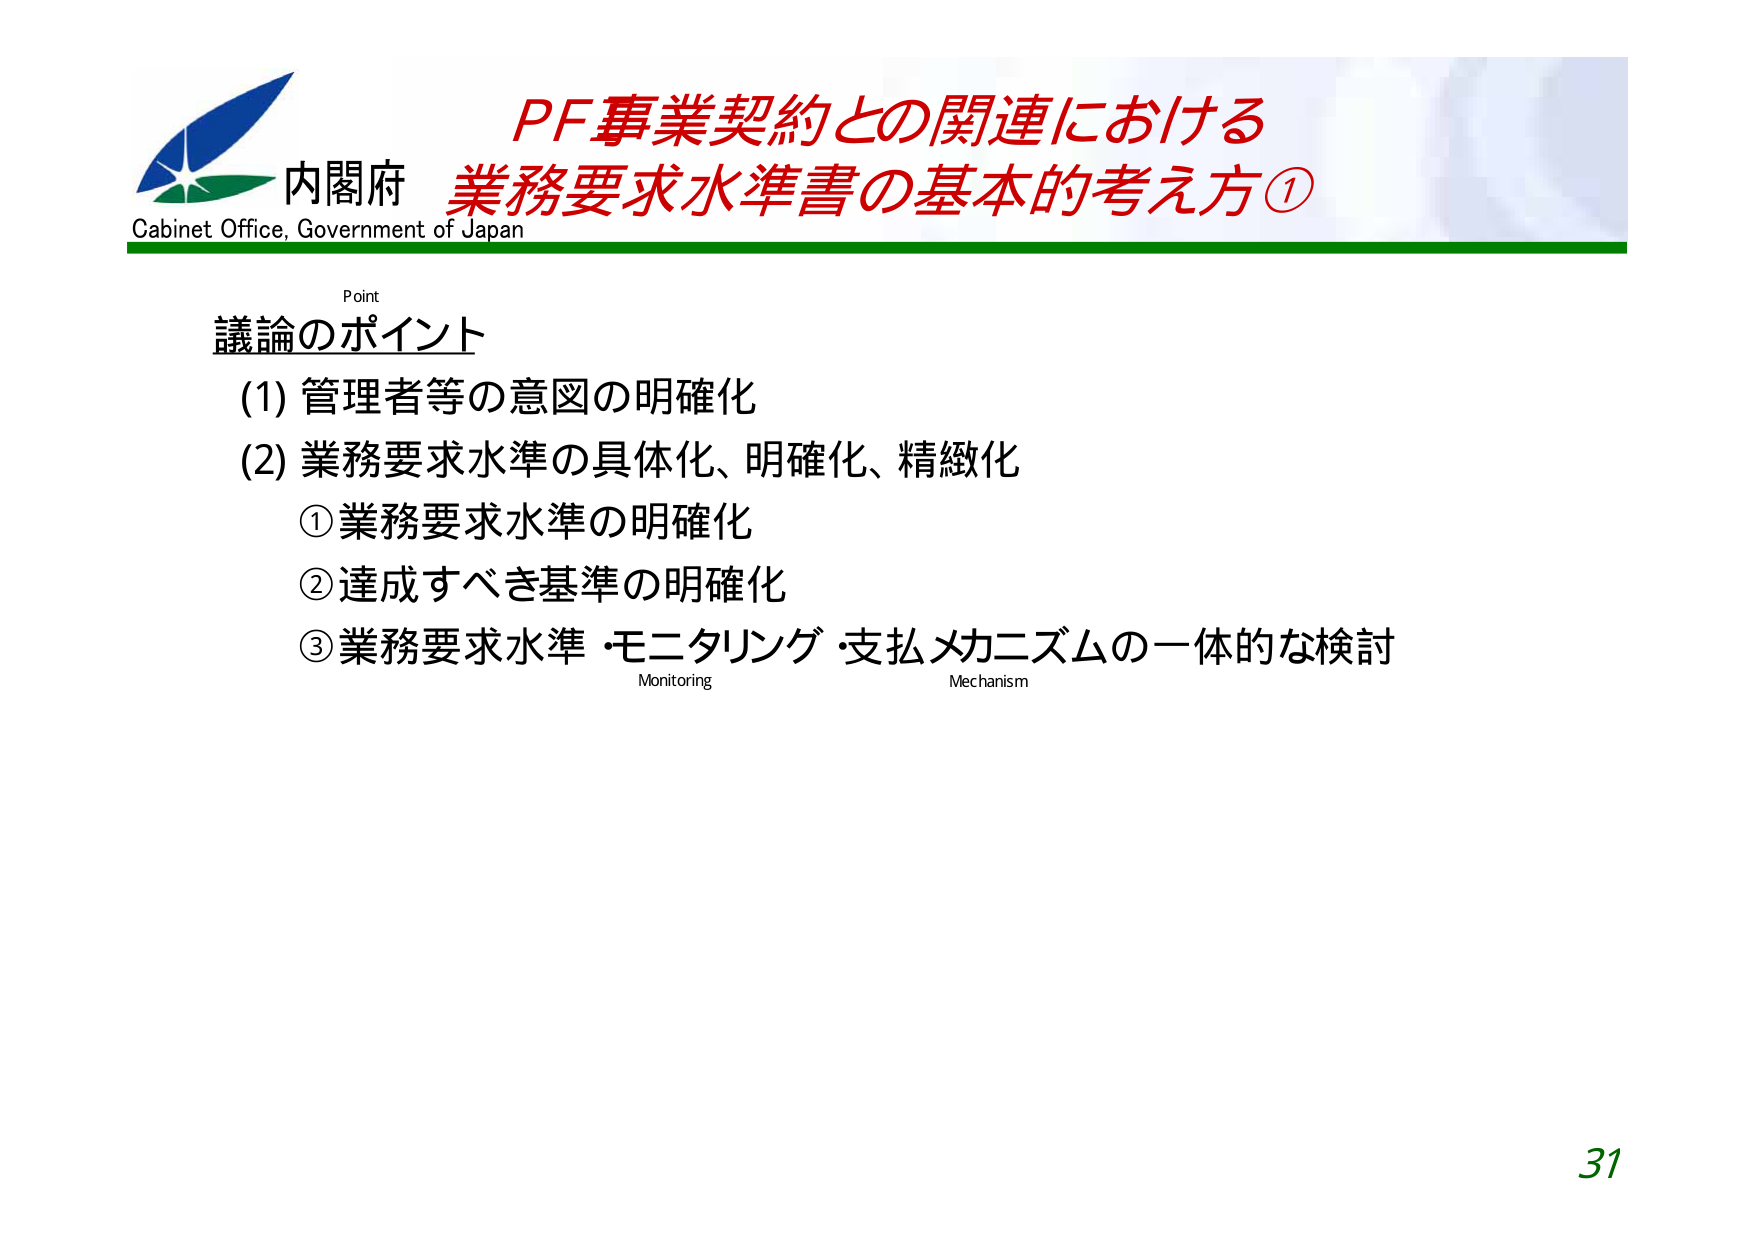
内閣府
Cabinet Office, Government of Japan
PF事業契約との関連における
業務要求水準書の基本的考え方①
Point
議論のポイント
(1) 管理者等の意図の明確化
(2) 業務要求水準の具体化、明確化、精緻化
　① 業務要求水準の明確化
　② 達成すべき基準の明確化
　③ 業務要求水準・モニタリング・支払メカニズムの一体的な検討
Monitoring
Mechanism
31